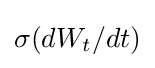
\sigma (dW_{t}/dt)